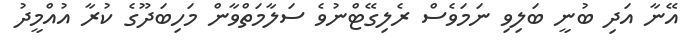
އޭނާ އަދި ބުނީ ބަލިވި ނަމަވެސް ރެލިގޭޓްނުވެ ސަލާމަތްވާން މަހިބަދޫގެ ކުރާ އުއްމީދު